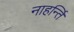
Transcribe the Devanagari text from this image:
नाहर्न्ति